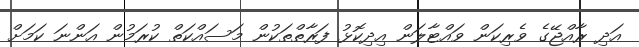
އަދި ރާއްޖޭގެ ވެރިކަން ވައްޓާލަން އިދިކޮޅު ފަރާތްތަކުން މަސައްކަތް ކުރަމުން އަންނަ ކަމަށް